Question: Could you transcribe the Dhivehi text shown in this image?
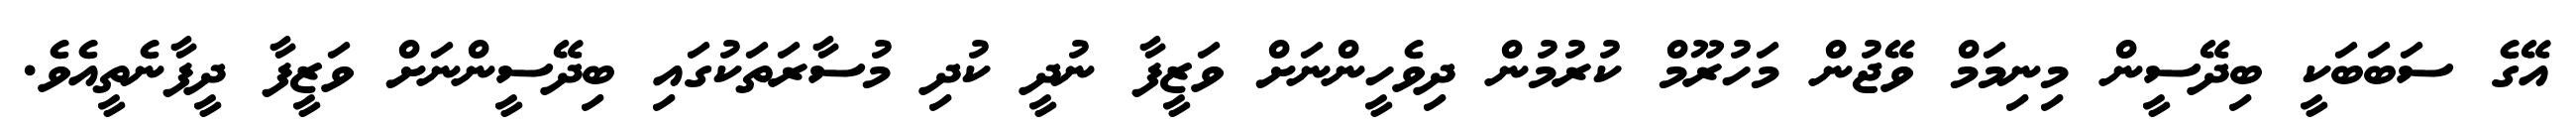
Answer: އޭގެ ސަބަބަކީ ބިދޭސީން މިނިމަމް ވޭޖުން މަހުރޫމް ކުރުމުން ދިވެހީންނަށް ވަޒީފާ ނުދީ ކުދި މުސާރަތަކުގައި ބިދޭސީންނަށް ވަޒީފާ ދީފާނެތީއެވެ.